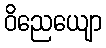
ဝိညေယျော